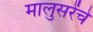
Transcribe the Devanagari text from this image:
मालुसरेंचे